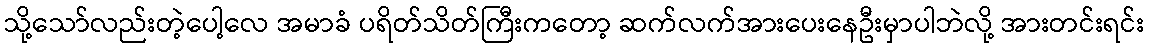
သို့သော်လည်းတဲ့ပေါ့လေ အမာခံ ပရိတ်သိတ်ကြီးကတော့ ဆက်လက်အားပေးနေဦးမှာပါဘဲလို့ အားတင်းရင်း